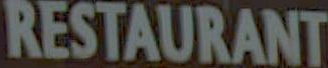
RESTAURANT